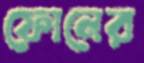
ফোনের